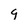
Character: 9